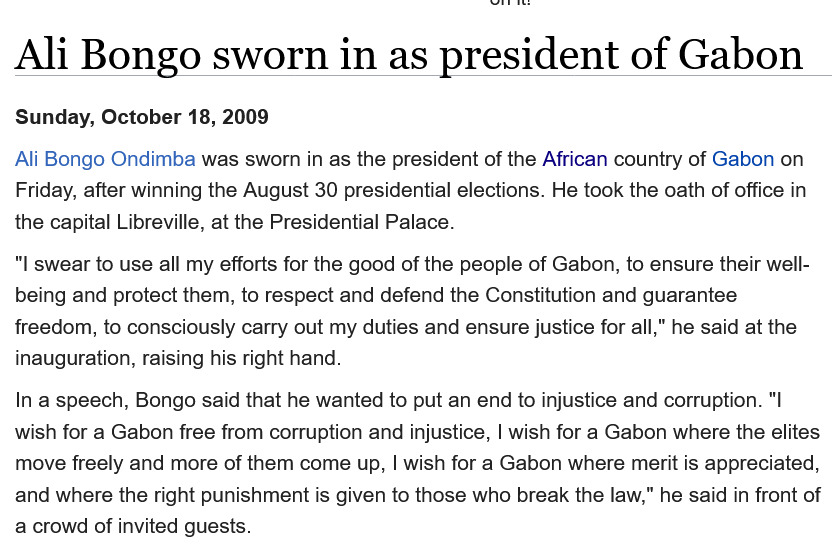
Ali   Bongo    sworn    in    as  president    of  Gabon
  Sunday, October 18, 2009
  Ali Bongo Ondimba was sworn in as the president of the African country of Gabon on
  Friday, after winning the August 30 presidential elections. He took the oath of office in
  the capital Libreville, at the Presidential Palace.
  “| swear to use all my efforts for the good of the people of Gabon, to ensure their well-
  being and protect them, to respect and defend the Constitution and guarantee
  freedom, to consciously carry out my duties and ensure justice for all," he said at the
  inauguration, raising his right hand.
  In a speech, Bongo said that he wanted to put an end to injustice and corruption. "I
  wish for a Gabon free from corruption and injustice, | wish for a Gabon where the elites
  move freely and more of them come up, | wish for a Gabon where merit is appreciated,
  and where the right punishment is given to those who break the law," he said in front of
  a crowd of invited guests.